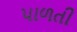
પાળતી